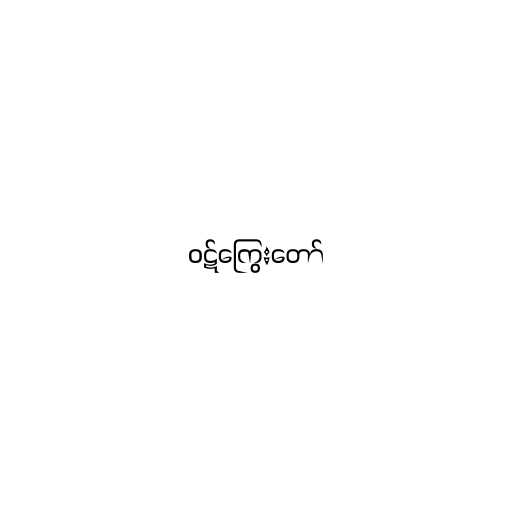
ဝဋ်ကြွေးတော်